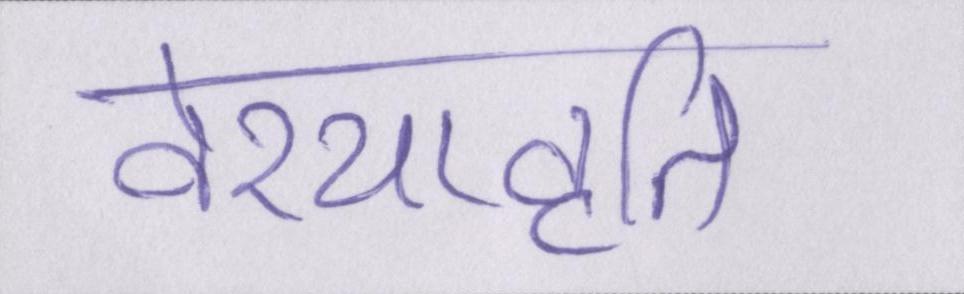
वेश्यावृति